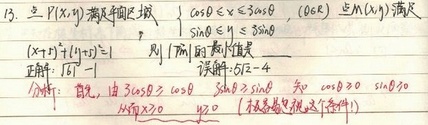
13. 点\(P(x,y)\)满足平面区域\(\begin{cases}0\leq x\leq 3\cos\theta, & (\theta\in R) \\(x - 1)^{2}+(y - 1)^{2}=1\end{cases}\)。

点\(Q(x,y)\)满足分析：首先，由\(3\cos\theta\geq x\geq0\)知\(\cos\theta \geq 0\)。
正确：\(\vert\sqrt{2}-1\vert\)。
误解：\(\vert\sqrt{2}-4\vert\)  （根据条件把这个条件）